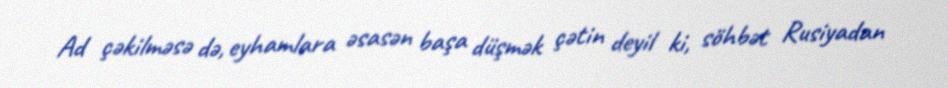
Ad çəkilməsə də, eyhamlara əsasən başa düşmək çətin deyil ki, söhbət Rusiyadan